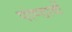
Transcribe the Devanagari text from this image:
पाण्डावों